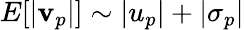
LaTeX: E[|\mathbf{v}_{p}|]\sim|u_{p}|+|\sigma_{p}|